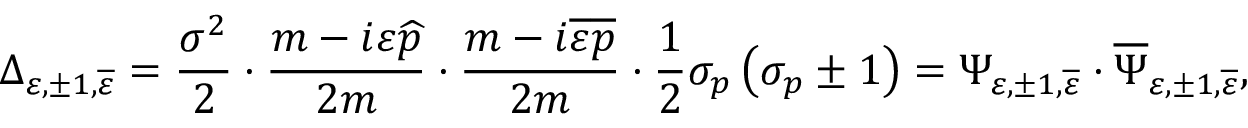
\Delta _ { \varepsilon , \pm 1 , \overline { { { \varepsilon } } } } = \frac { \sigma ^ { 2 } } 2 \cdot \frac { m - i \varepsilon \widehat { p } } { 2 m } \cdot \frac { m - i \overline { { { \varepsilon } } } \overline { { { p } } } } { 2 m } \cdot \frac 1 2 \sigma _ { p } \left( \sigma _ { p } \pm 1 \right) = \Psi _ { \varepsilon , \pm 1 , \overline { { { \varepsilon } } } } \cdot \overline { { { \Psi } } } _ { \varepsilon , \pm 1 , \overline { { { \varepsilon } } } } ,